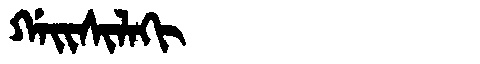
Manchu: ᡤᠠᡳᠰᡳᠯᠠᡴᡳ
Romanization: GAISILAKI